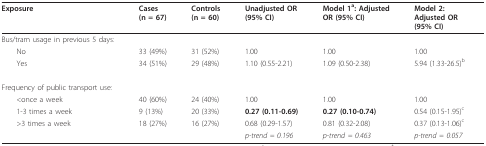
<table><thead><tr><td><b>Exposure</b></td><td><b>Cases(n = 67)</b></td><td><b>Controls(n = 60)</b></td><td><b>Unadjusted OR(95% CI)</b></td><td><b>Model 1<sup>a</sup>: Adjusted OR (95% CI)</b></td><td><b>Model 2:Adjusted OR(95% CI)</b></td></tr></thead><tbody><tr><td>Bus/tram usage in previous 5 days:</td><td>[EMPTY_CELL]</td><td>[EMPTY_CELL]</td><td>[EMPTY_CELL]</td><td>[EMPTY_CELL]</td><td>[EMPTY_CELL]</td></tr><tr><td> No</td><td>33 (49%)</td><td>31 (52%)</td><td>1.00</td><td>1.00</td><td>1.00</td></tr><tr><td> Yes</td><td>34 (51%)</td><td>29 (48%)</td><td>1.10 (0.55-2.21)</td><td>1.09 (0.50-2.38)</td><td>5.94 (1.33-26.5)<sup>b</sup></td></tr><tr><td>Frequency of public transport use:</td><td>[EMPTY_CELL]</td><td>[EMPTY_CELL]</td><td>[EMPTY_CELL]</td><td>[EMPTY_CELL]</td><td>[EMPTY_CELL]</td></tr><tr><td> <once a="" week=""><td>40 (60%)</td><td>24 (40%)</td><td>1.00</td><td>1.00</td><td>1.00</td></once></td></tr><tr><td> 1-3 times a week</td><td>9 (13%)</td><td>20 (33%)</td><td><b>0.27 (0.11-0.69)</b></td><td><b>0.27 (0.10-0.74)</b></td><td>0.54 (0.15-1.95)<sup>c</sup></td></tr><tr><td> &gt;3 times a week</td><td>18 (27%)</td><td>16 (27%)</td><td>0.68 (0.29-1.57)</td><td>0.81 (0.32-2.08)</td><td>0.37 (0.13-1.06)<sup>c</sup></td></tr><tr><td>[EMPTY_CELL]</td><td>[EMPTY_CELL]</td><td>[EMPTY_CELL]</td><td><i>p-trend = 0.196</i></td><td><i>p-trend = 0.463</i></td><td><i>p-trend = 0.057</i></td></tr></tbody></table>